King Institute of Preventive Medicine Micro-Biological Section reports 1909-11
Year: 1909
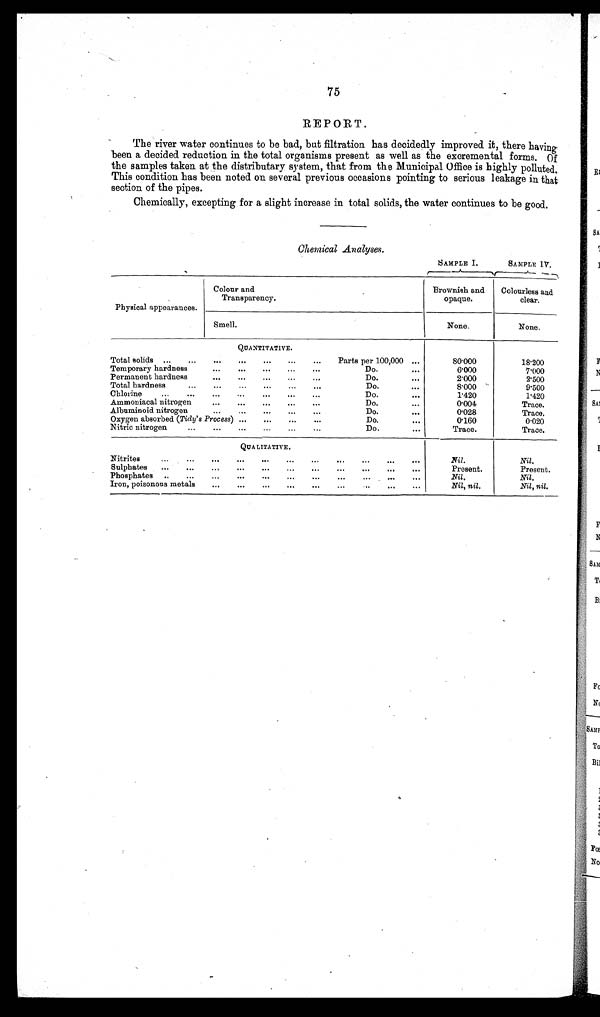
75
REPORT.
The river water continues to be bad, but filtration has decidedly improved it, there having
been a decided reduction in the total organisms present as well as the excremental forms. Of
the samples taken at the distributary system, that from the Municipal Office is highly polluted.
This condition has been noted on several previous occasions pointing to serious leakage in that
section of the pipes.
Chemically, excepting for a slight increase in total solids, the water continues to be good.
Chemical Analyses.
SAMPLE I.
SAMPLE IV.
Physical appearances.
Colour and
Transparency.
Brownish and
opaque.
Colourless and
clear.
Smell.
None.
None.
QUANTITATIVE.
Total solids ...
. . .
. . .
. . .
. . .
. . . . . .
Parts per 100,000
. . .
80.000
18.200
Temporary hardness
...
. . . .
. . .
. . .
. . .
. . .
Do.
. . .
6.000
7.000
Permanent hardness
...
. . . . . . .
. . .
. . .
. . .
Do.
. . .
2.000
2.500
Total hardness
. . .
. . .
. . .
. . .
. . . . . . Do.
. . .
8.000
9.500
Chlorine
...
. . .
. . . . . . .
. . .
. . .
. . .
Do.
. . .
1.420
1.420
Ammoniacal nitrogen ...
. . .
. . . . . .
. . .
. . .
Do.
. . .
0.004
Trace.
Albuminoid nitrogen ...
. . . . . .
. . .
. . . . . . Do.
. . .
0.028
Trace.
Oxygen absorbed ( Tidy' s Process) ...
. . .
. . .
. . .
Do.
. . .
0.160
0.020
Nitric nitrogen
. . .
. . .
. . .
. . .
. . . . . . Do.
. . .
Trace.
Trace.
QUALITATIVE.
Nitrites
...
. . .
. . .
. . .
. . .
. . .
. . .
. . .
. . .
. . .
. . . .
Nil.
Nil.
Sulphates ... .....
. . .
. . . . . .
. . .
. . . . . . .
. . .
. . . . . .
Present.
Present.
Phosphates .
...
. . .
. .
. . .
. . . . . .
. . .
. . .
. . .
. . .
Nil.
Nil.
Iron, poisonous metals
. . .
. . . . . .
. . .
. . . . . .
. . . . . .
. . .
Nil, nil.
Nil, nil.